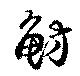
魴